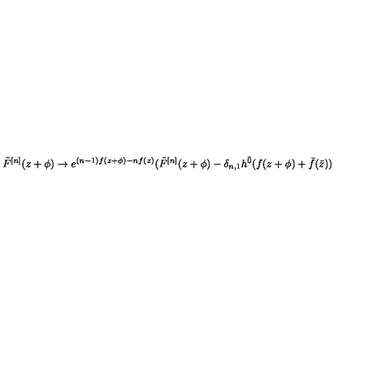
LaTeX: \tilde { F } ^ { [ n ] } ( z + \phi ) \rightarrow e ^ { ( n - 1 ) f ( z + \phi ) - n f ( z ) } ( \tilde { F } ^ { [ n ] } ( z + \phi ) - \delta _ { n , 1 } h ^ { \bar { 0 } } ( f ( z + \phi ) + \bar { f } ( \bar { z } ) )